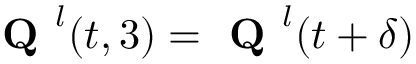
\textbf { Q } ^ { l } ( t , 3 ) = \textbf { Q } ^ { l } ( t + \delta )